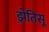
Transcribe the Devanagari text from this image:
झ़ेतिसू